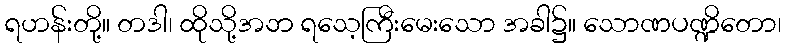
ရဟန်းတို့။ တဒါ၊ ထိုသို့အဘ ရသေ့ကြီးမေးသော အခါ၌။ သောဏပဏ္ဍိတော၊